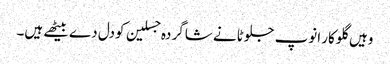
وہیں گلوکار انوپ جلوٹانے شاگر دہ جسلین کودل دے بیٹھے ہیں۔